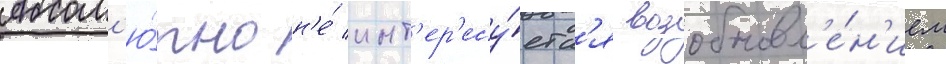
Абсол'ю́тно н'е́ инт'ер'есу́етс'я возобновл'е́н'ием